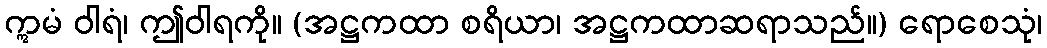
ဣမံ ဝါရံ၊ ဤဝါရကို။ (အဋ္ဌကထာ စရိယာ၊ အဋ္ဌကထာဆရာသည်။) ရောစေသုံ၊